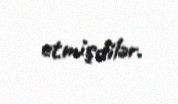
etmişdilər.